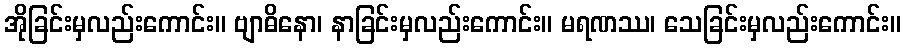
အိုခြင်းမှလည်းကောင်း။ ဗျာဓိနော၊ နာခြင်းမှလည်းကောင်း။ မရဏဿ၊ သေခြင်းမှလည်းကောင်း။